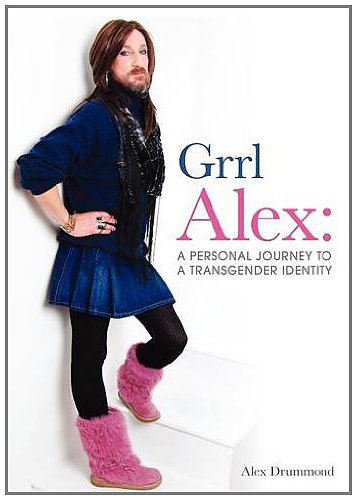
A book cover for Grrl Alex. a Personal Journey to a Transgender Identity; Alex Drummond; Gay & Lesbian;